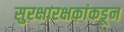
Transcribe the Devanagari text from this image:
सुरक्षारक्षकांकडून